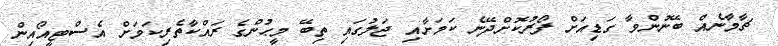
ޗާމާނެއް ބޭނުންވާ ގަޑިއަށް ފޯރުކޮށްދޭނެ ކަމަށާއި ޖަލުގައި ތިބޭ މީޙުންގެ ރައްކާތެރިކަމަށް އެސްޓީއޯއިން